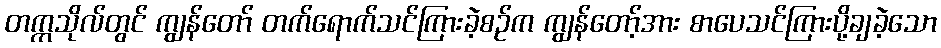
တက္ကသိုလ်တွင် ကျွန်တော် တက်ရောက်သင်ကြားခဲ့စဉ်က ကျွန်တော့်အား စာပေသင်ကြားပို့ချခဲ့သော